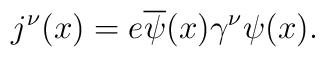
j^{\nu }(x)=e\overline{\psi }(x)\gamma ^{\nu }\psi (x).